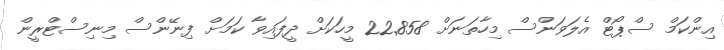
އިންކަމް ސްޕޯޓް އެލަވަންސް މިހާތަނަށް 22